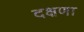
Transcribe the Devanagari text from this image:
दक्षणा